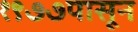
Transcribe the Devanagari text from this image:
१९७७पासून